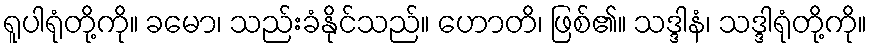
ရူပါရုံတို့ကို။ ခမော၊ သည်းခံနိုင်သည်။ ဟောတိ၊ ဖြစ်၏။ သဒ္ဒါနံ၊ သဒ္ဒါရုံတို့ကို။